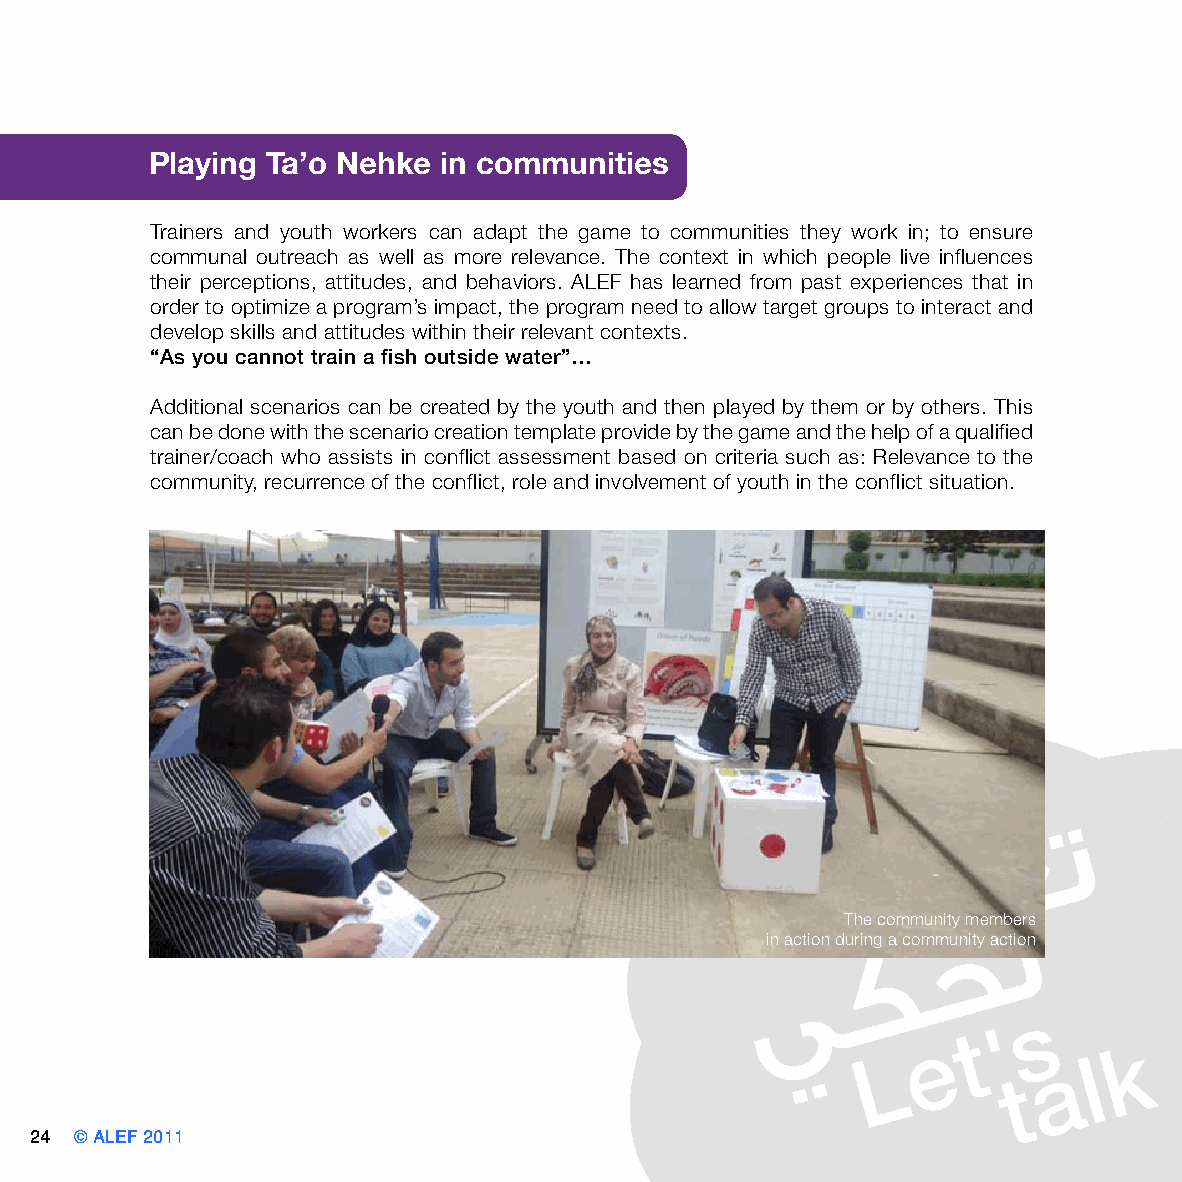
Playing Ta’o Nehke in communities
 Trainers and youth workers can adapt the game to communities they work in; to ensure
 communal outreach as well as more relevance. The context in which people live influences
 their perceptions, attitudes, and behaviors. ALEF has learned from past experiences that in
 order to optimize a program’s impact, the program need to allow target groups to interact and
 develop skills and attitudes within their relevant contexts.
 “As you cannot train a fish outside water”…
 Additional scenarios can be created by the youth and then played by them or by others. This
 can be done with the scenario creation template provide by the game and the help of a qualified
 trainer/coach who assists in conflict assessment based on criteria such as: Relevance to the
 community, recurrence of the conflict, role and involvement of youth in the conflict situation.
 The community members
 in action during a community action
 24 © ALEF 2011